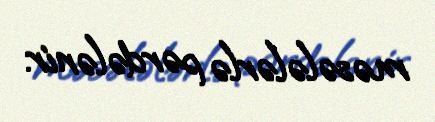
məsələlərlə pərdələnir.